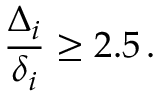
\frac { \Delta _ { i } } { \delta _ { i } } \ge 2 . 5 \, .